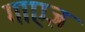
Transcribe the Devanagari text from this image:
गाएज़